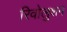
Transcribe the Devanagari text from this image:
रिवोलुशन